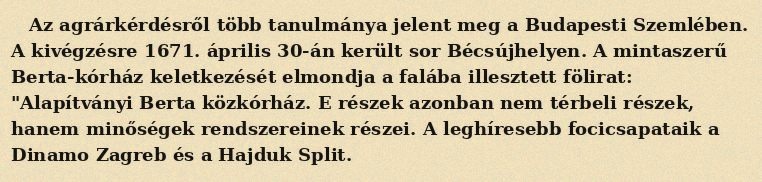
Az agrárkérdésről több tanulmánya jelent meg a Budapesti Szemlében. A kivégzésre 1671. április 30-án került sor Bécsújhelyen. A mintaszerű Berta-kórház keletkezését elmondja a falába illesztett fölirat: "Alapítványi Berta közkórház. E részek azonban nem térbeli részek, hanem minőségek rendszereinek részei. A leghíresebb focicsapataik a Dinamo Zagreb és a Hajduk Split.